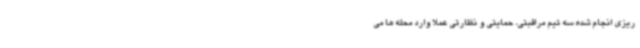
ریزی انجام شده سه تیم مراقبتی، حمایتی و نظارتی عملا وارد محله ها می